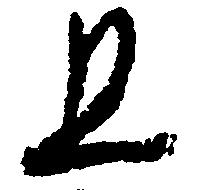
且